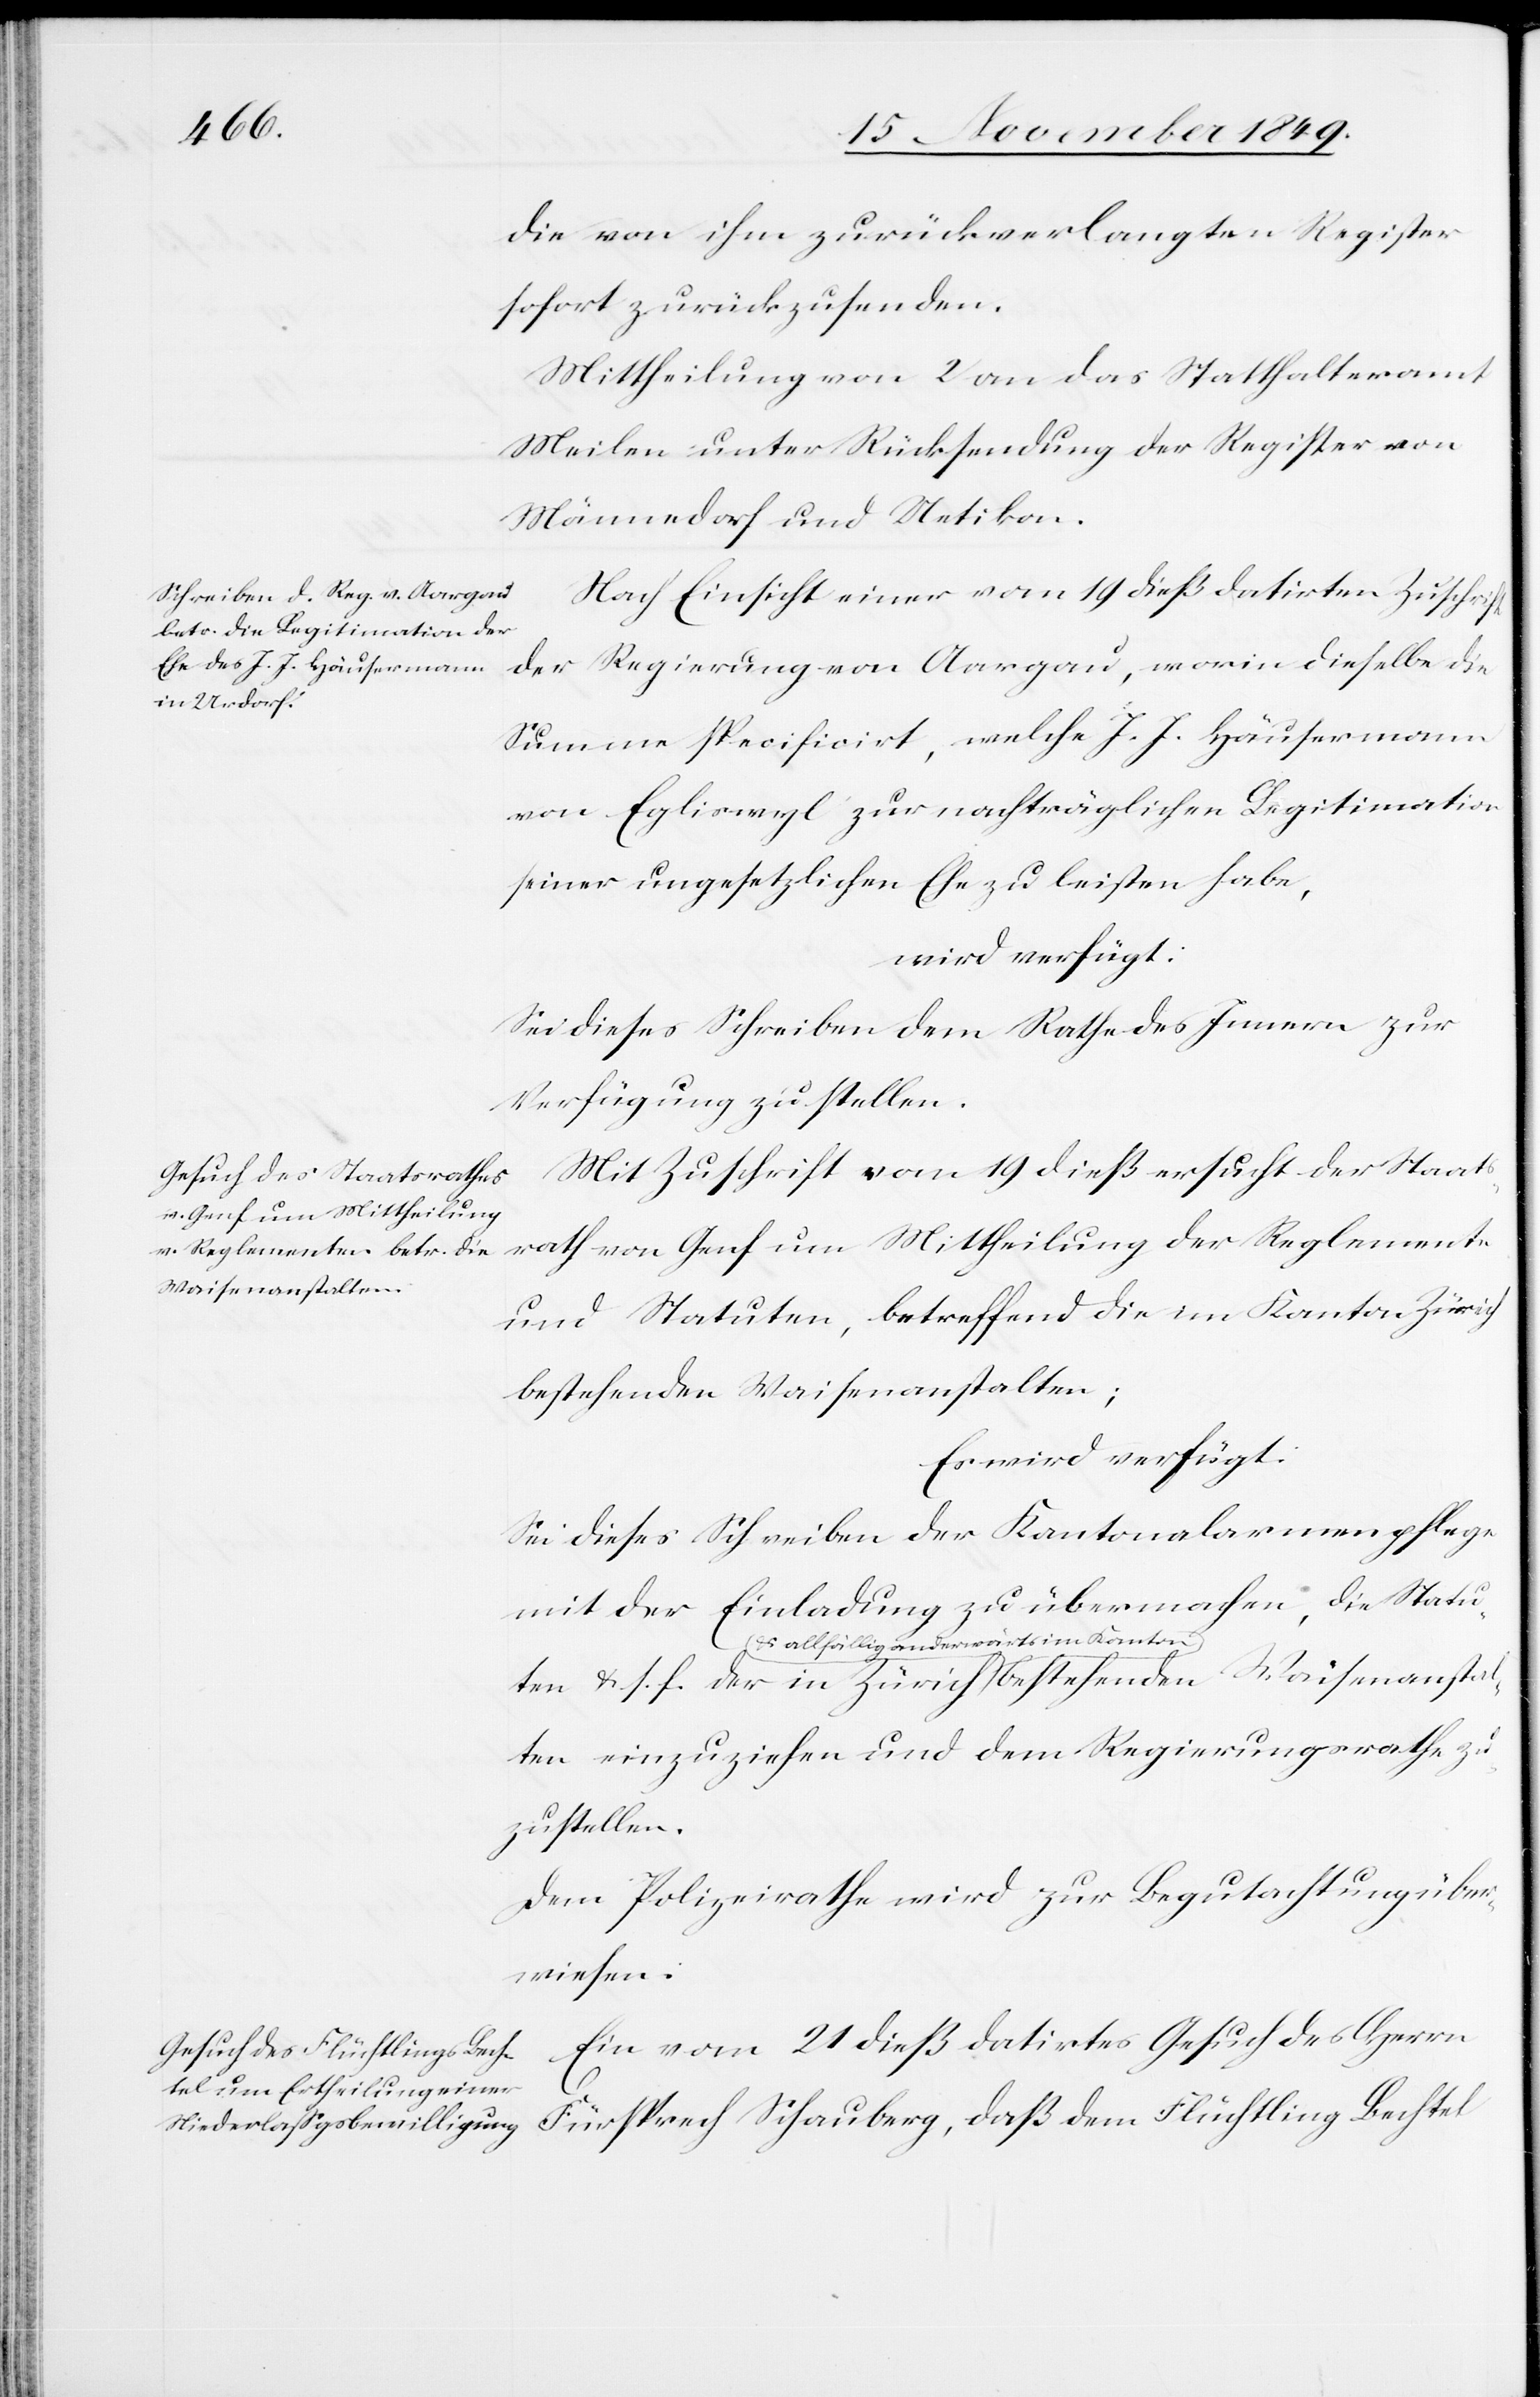
die von ihm zurückverlangten Register
sofort zurückzusenden.
Mittheilung von 2 an das Statthalteramt
Meilen unter Rücksendung der Register von
Männedorf und Uetikon.
Nach Einsicht einer vom 19 dieß datirten Zuschrift
der Regierung von Aargau, worin dieselbe die
Summe specificirt, welche J. J. Häusermann
von Eglisweil zur nachträglichen Legitimation
seiner ungesetzlichen Ehe zu leisten habe,
wird verfügt:
Sei dieses Schreiben dem Rathe des Innern zur
Verfügung zu stellen.
Mit Zuschrift vom 19 dieß ersucht der Staatsrath
von Genf um Mittheilung
und Statuten, betreffend die im Kanton Zürich
bestehenden Waisenanstalte¬
Es wird verfügt:
Sei dieses Schreiben der Kantonalarmenpflege
mit der Einladung zu übermachen, die Statu¬
ten u. s. f. der in Zürich u. allfällig anderwärts
n einzuziehen und dem Regierungsrathe zu¬
zustellen.
Dem Polizeirathe wird zur Begutachtung über¬
wiesen:
Ein vom 21 dieß datirtes Gesuch des Herrn